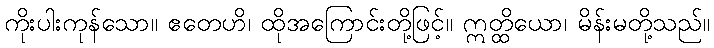
ကိုးပါးကုန်သော။ ဧတေဟိ၊ ထိုအကြောင်းတို့ဖြင့်။ ဣတ္ထိယော၊ မိန်းမတို့သည်။